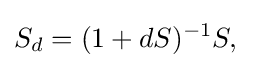
S_{d}=(1+dS)^{-1}S,\quad